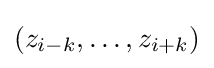
\left(z_{i-k},\ldots ,z_{i+k}\right)